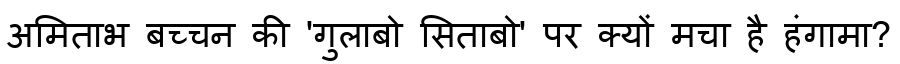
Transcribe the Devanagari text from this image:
अमिताभ बच्चन की 'गुलाबो सिताबो' पर क्यों मचा है हंगामा?